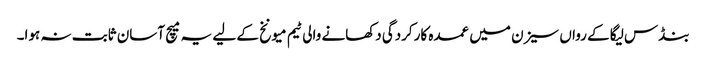
بنڈس لیگا کے رواں سیزن میں عمدہ کارکردگی دکھانے والی ٹیم میونخ کے لیے یہ میچ آسان ثابت نہ ہوا۔